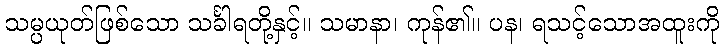
သမ္ပယုတ်ဖြစ်သော သင်္ခါရတို့နှင့်။ သမာနာ၊ ကုန်၏။ ပန၊ ရသင့်သောအထူးကို